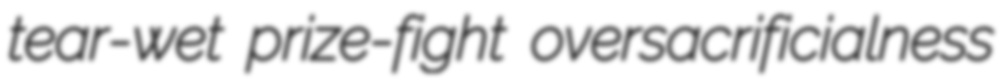
tear-wet prize-fight oversacrificialness